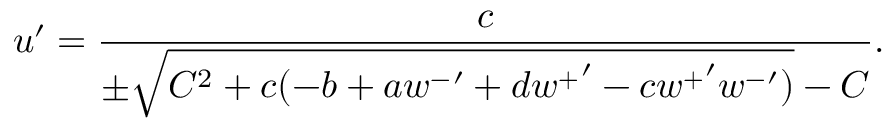
u ^ { \prime } = \frac { c } { \pm \sqrt { C ^ { 2 } + c ( - b + a { w ^ { - } } ^ { \prime } + d { w ^ { + } } ^ { \prime } - c { w ^ { + } } ^ { \prime } { w ^ { - } } ^ { \prime } ) } - C } .